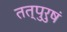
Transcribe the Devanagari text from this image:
तत्पुरुषं